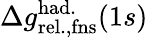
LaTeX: \Delta{g}_{\mathrm{rel.,fns}}^{\mathrm{had.}}(1s)